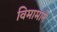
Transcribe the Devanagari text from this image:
विमामाने